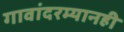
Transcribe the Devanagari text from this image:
गावांदरम्यानही